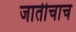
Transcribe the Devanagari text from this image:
जातीचाच